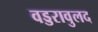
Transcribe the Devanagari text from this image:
वड्डरावुलद